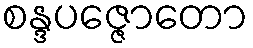
စန္ဒပဇ္ဇောတော